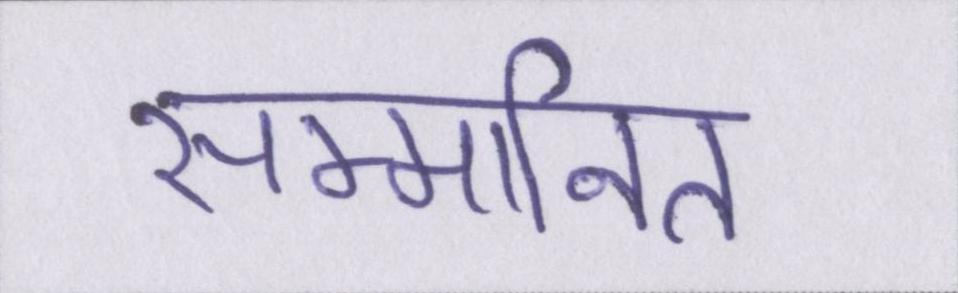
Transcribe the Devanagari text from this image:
सम्मानित